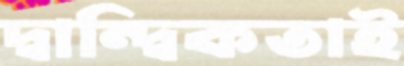
দ্বান্দ্বিকতাই